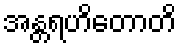
အန္တရဟိတောတိ